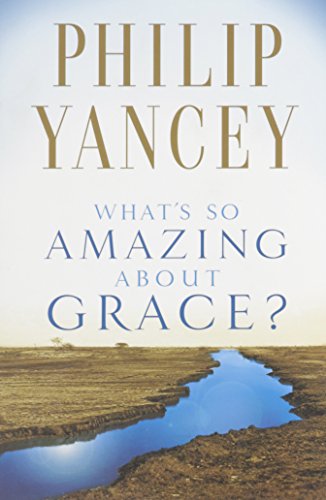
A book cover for What's So Amazing About Grace?; Philip Yancey; Christian Books & Bibles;